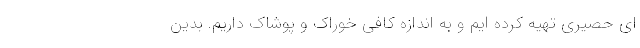
ای حصیری تهیه کرده ایم و به اندازه کافی خوراک و پوشاک داریم. بدین